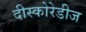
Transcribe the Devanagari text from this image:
दीस्कोरेडीज